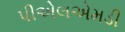
પીએલએમડી